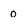
Character: O